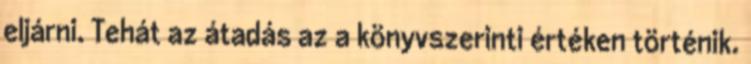
eljárni. Tehát az átadás az a könyvszerinti értéken történik.